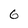
Character: 6